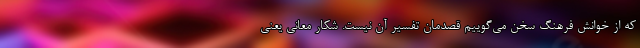
که از خوانش فرهنگ سخن می‌گوییم قصدمان تفسیر آن نیست. شکار معانی یعنی